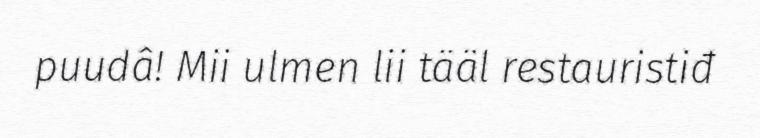
puudâ! Mii ulmen lii tääl restauristiđ